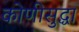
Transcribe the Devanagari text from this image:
कोणीसुद्धा